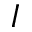
I